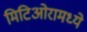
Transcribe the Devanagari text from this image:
मिटिओरामध्ये